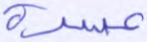
عسرة